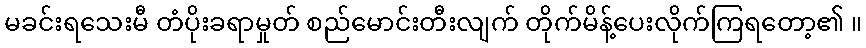
မခင်းရသေးမီ တံပိုးခရာမှုတ် စည်မောင်းတီးလျက် တိုက်မိန့်ပေးလိုက်ကြရတော့၏ ။